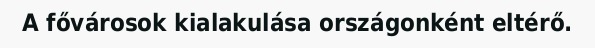
A fővárosok kialakulása országonként eltérő.